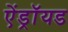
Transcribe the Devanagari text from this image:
ऐंड्रॉयड